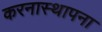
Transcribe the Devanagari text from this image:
करनास्थापना